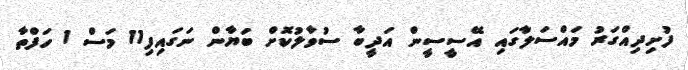
ފުށިދިއްގަރު މައްސަލާގައި އޭސީސީން އަދީބާ ސުވާލުކޮށް ބަޔާން ނަގައިފި11 މަސް 1 ހަފްތާ